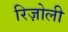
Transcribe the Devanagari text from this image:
रिज़ोली